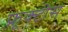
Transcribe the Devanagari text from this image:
फ़्रूक्टोस